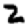
Digit: 2